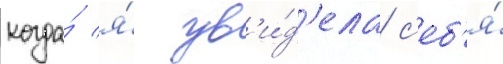
когда́ я́ ув'и́д'ела с'еб'я́